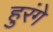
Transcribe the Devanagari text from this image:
हुरंगे